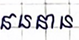
ធនធាន